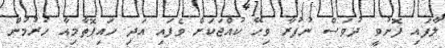
ލާފައި ފޮނުވީ ދުވަސް ނުފުރާ ވިހޭ ކުއްޖަކަށް ވެފައި އަދި ހައިޕޮތާމިއާ ހުރުމުން